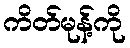
ကိတ်မုန့်ကို